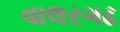
વાલરગઢ